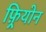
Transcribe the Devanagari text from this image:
फ़्रियोन